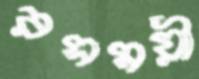
রসময়ী